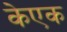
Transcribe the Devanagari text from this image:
केएक